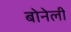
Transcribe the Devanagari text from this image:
बोनेली